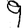
Digit: 9